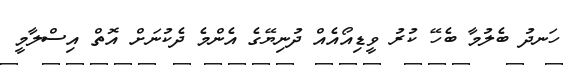
ހަނދު ބެލުމާ ބެހޭ ކުރު ވީޑިއޯއެއް ދުނިޔޭގެ އެންމެ ދެކުނަށް އޮތް އިސްލާމީ